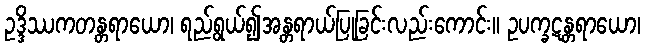
ဥဒ္ဒိဿကတန္တရာယော၊ ရည်ရွယ်၍အန္တရာယ်ပြုခြင်းလည်းကောင်း။ ဥပက္ခဋန္တရာယော၊